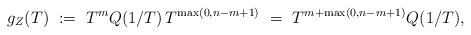
\begin{align*} g_{Z}(T) \ := \ T^{m} Q(1/T) \, T^{\max(0,n-m+1)} \ = \ T^{m+\max(0,n-m+1)} Q(1/T),\end{align*}